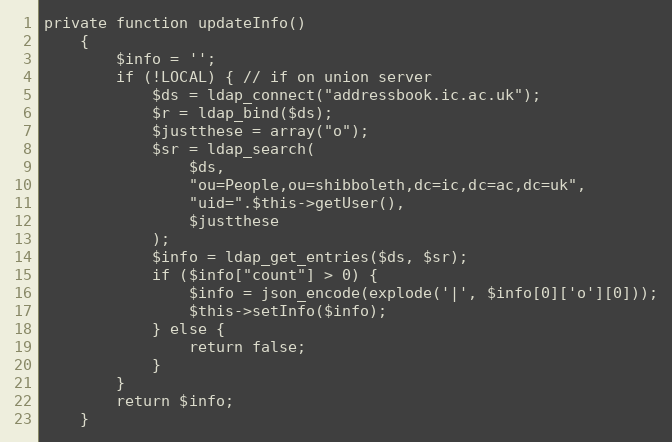
Language: PHP
private function updateInfo()
    {
        $info = '';
        if (!LOCAL) { // if on union server
            $ds = ldap_connect("addressbook.ic.ac.uk");
            $r = ldap_bind($ds);
            $justthese = array("o");
            $sr = ldap_search(
                $ds,
                "ou=People,ou=shibboleth,dc=ic,dc=ac,dc=uk",
                "uid=".$this->getUser(),
                $justthese
            );
            $info = ldap_get_entries($ds, $sr);
            if ($info["count"] > 0) {
                $info = json_encode(explode('|', $info[0]['o'][0]));
                $this->setInfo($info);
            } else {
                return false;
            }
        }
        return $info;
    }